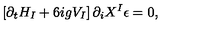
\left[ \partial _ { t } H _ { I } + 6 i g V _ { I } \right] \partial _ { i } X ^ { I } \epsilon = 0 ,